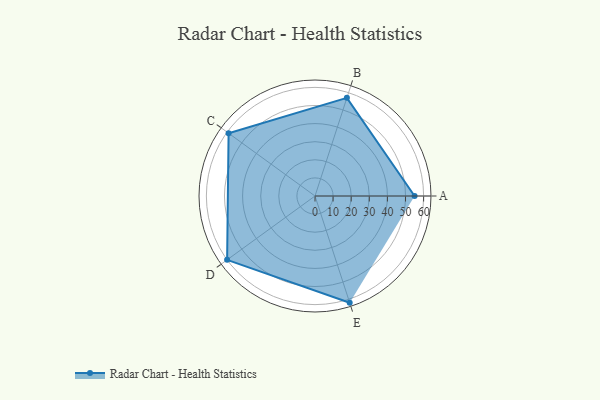
{"axis": {"x": "Skill", "y": "Score"}, "legend": ["Profile"], "data": [{"x": "A", "y": 55.0, "type": "Profile"}, {"x": "B", "y": 57.0, "type": "Profile"}, {"x": "C", "y": 59.0, "type": "Profile"}, {"x": "D", "y": 60.0, "type": "Profile"}, {"x": "E", "y": 62.0, "type": "Profile"}]}